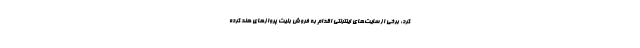
کرد: برخی از سایت‌های اینترنتی اقدام به فروش بلیت پروازهای هند کرده